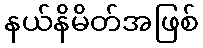
နယ်နိမိတ်အဖြစ်